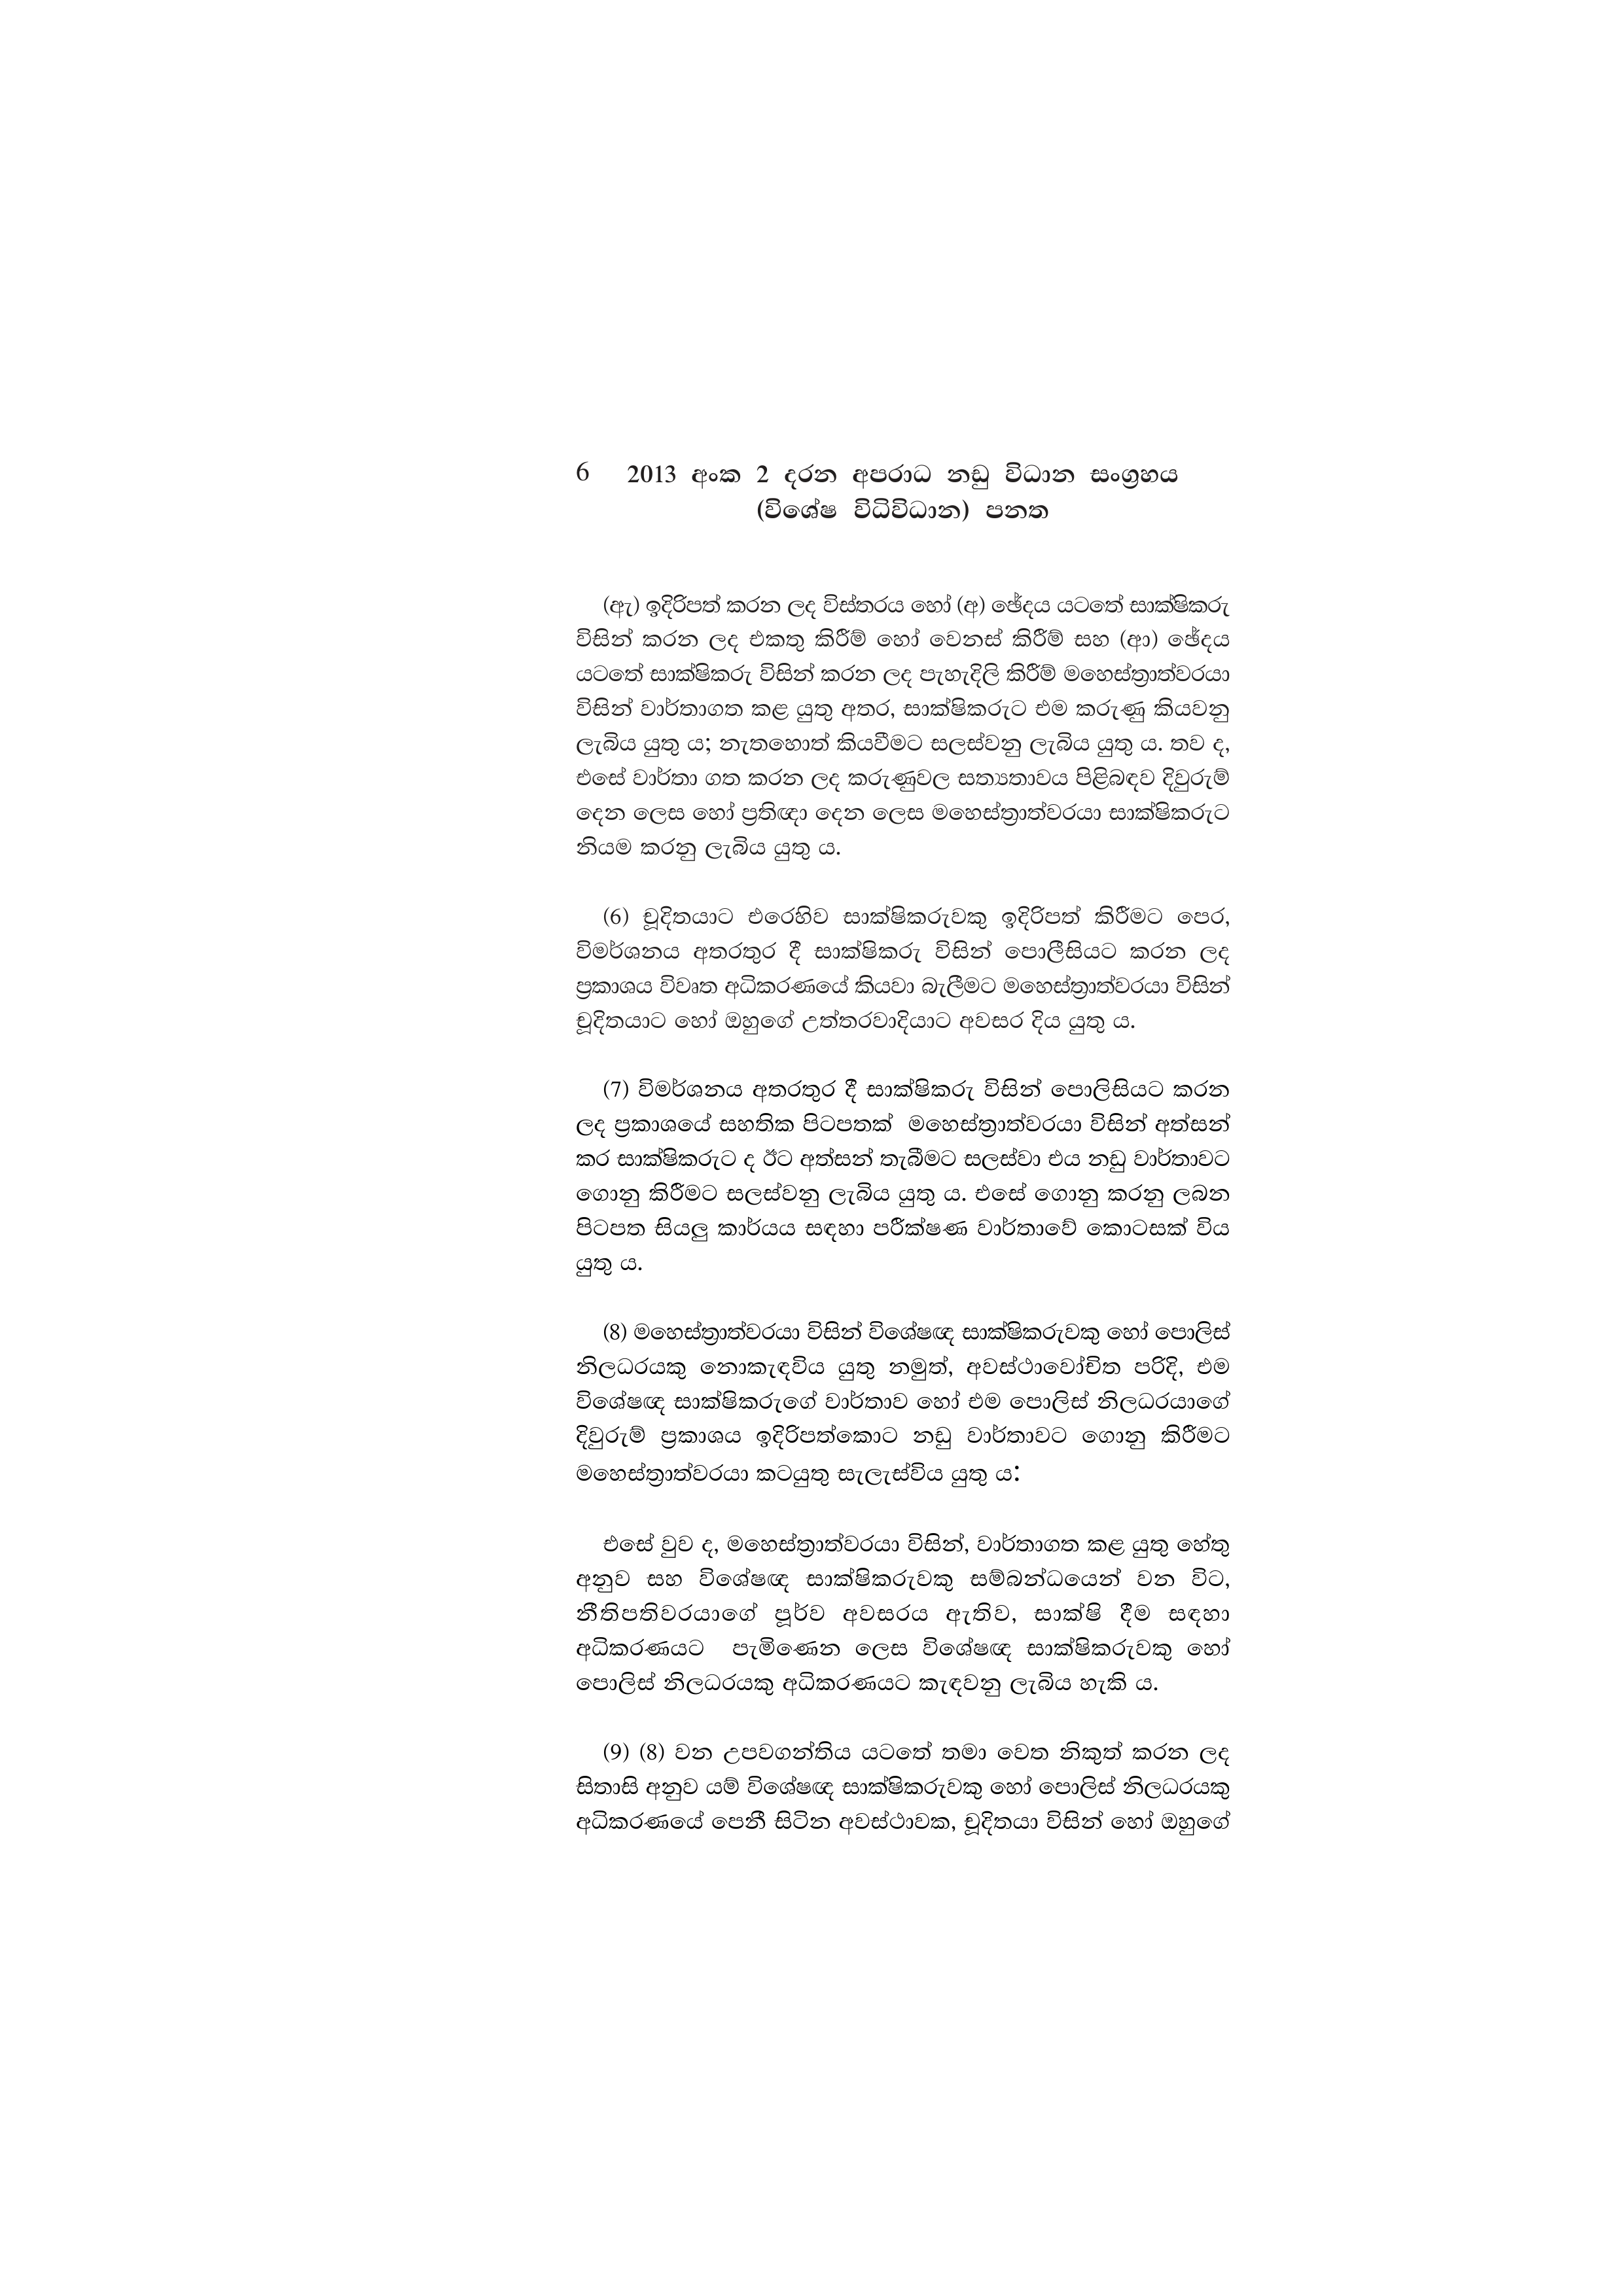
6 2013 අංක 2 දරන අපරාධ නඩු විධාන සංග්‍රහය
(විශේෂ විධිවිධාන) පනත

(ඇ) ඉදිරිපත් කරන ලද විස්තරය හෝ (අ) ඡේදය යටතේ සාක්ෂිකරු
විසින් කරන ලද එකතු කිරීම් හෝ වෙනස් කිරීම් සහ (ආ) ඡේදය
යටතේ සාක්ෂිකරු විසින් කරන ලද පැහැදිලි කිරීම් මහෙස්ත්‍රාත්වරයා
විසින් වාර්තාගත කළ යුතු අතර, සාක්ෂිකරුට එම කරුණු කියවනු
ලැබිය යුතු ය; නැතහොත් කියවීමට සලස්වනු ලැබිය යුතු ය. තව ද,
එසේ වාර්තා ගත කරන ලද කරුණුවල සත්‍යතාවය පිළිබඳව දිවුරුම්
දෙන ලෙස හෝ ප්‍රතිඥා දෙන ලෙස මහෙස්ත්‍රාත්වරයා සාක්ෂිකරුට
නියම කරනු ලැබිය යුතු ය.

(6) චූදිතයාට එරෙහිව සාක්ෂිකරුවකු ඉදිරිපත් කිරීමට පෙර,
විමර්ශනය අතරතුර දී සාක්ෂිකරු විසින් පොලීසියට කරන ලද
ප්‍රකාශය විවෘත අධිකරණයේ කියවා බැලීමට මහෙස්ත්‍රාත්වරයා විසින්
චූදිතයාට හෝ ඔහුගේ උත්තරවාදියාට අවසර දිය යුතු ය.

(7) විමර්ශනය අතරතුර දී සාක්ෂිකරු විසින් පොලිසියට කරන
ලද ප්‍රකාශයේ සහතික පිටපතක් මහෙස්ත්‍රාත්වරයා විසින් අත්සන්
කර සාක්ෂිකරුට ද ඊට අත්සන් තැබීමට සලස්වා එය නඩු වාර්තාවට
ගොනු කිරීමට සලස්වනු ලැබිය යුතු ය. එසේ ගොනු කරනු ලබන
පිටපත සියලු කාර්යය සඳහා පරීක්ෂණ වාර්තාවේ කොටසක් විය
යුතු ය.

(8) මහෙස්ත්‍රාත්වරයා විසින් විශේෂඥ සාක්ෂිකරුවකු හෝ පොලිස්
නිලධරයකු නොකැඳවිය යුතු නමුත්, අවස්ථාවෝචිත පරිදි, එම
විශේෂඥ සාක්ෂිකරුගේ වාර්තාව හෝ එම පොලිස් නිලධරයාගේ
දිවුරුම් ප්‍රකාශය ඉදිරිපත්කොට නඩු වාර්තාවට ගොනු කිරීමට
මහෙස්ත්‍රාත්වරයා කටයුතු සැලැස්විය යුතු ය.

එසේ වුව ද, මහෙස්ත්‍රාත්වරයා විසින්, වාර්තාගත කළ යුතු හේතු
අනුව සහ විශේෂඥ සාක්ෂිකරුවකු සම්බන්ධයෙන් වන විට,
නීතිපතිවරයාගේ පූර්ව අවසරය ඇතිව, සාක්ෂි දීම සඳහා
අධිකරණයට පැමිණෙන ලෙස විශේෂඥ සාක්ෂිකරුවකු හෝ
පොලිස් නිලධරයකු අධිකරණයට කැඳවනු ලැබිය හැකි ය.

(9) (8) වන උපවගන්තිය යටතේ තමා වෙත නිකුත් කරන ලද
සිතාසි අනුව යම් විශේෂඥ සාක්ෂිකරුවකු හෝ පොලිස් නිලධරයකු
අධිකරණයේ පෙනී සිටින අවස්ථාවක, චූදිතයා විසින් හෝ ඔහුගේ